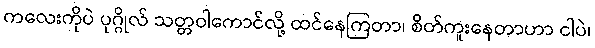
ကလေးကိုပဲ ပုဂ္ဂိုလ် သတ္တဝါကောင်လို့ ထင်နေကြတာ၊ စိတ်ကူးနေတာဟာ ငါပဲ၊